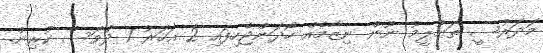
މަދަރުސީ ތަޢުލީމު ނޫން ނިޒާމެއް ހޯދަންޖެހިފައި 2 އަހަރު 1 ދުވަސް ކުރިން.